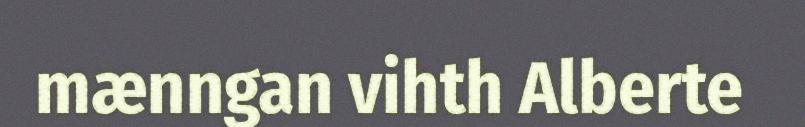
mænngan vihth Alberte